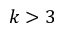
k > 3